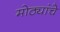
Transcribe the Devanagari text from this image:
मोठ्यांचे